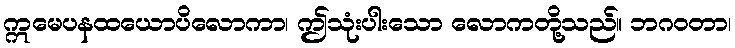
ဣမေပနထယောပိလောကာ၊ ဤသုံးပါးသော လောကတို့သည်။ ဘဂဝတာ၊